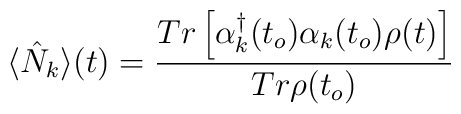
\langle \hat{N}_k \rangle (t) = \frac{Tr\left[\alpha^{\dagger}_k(t_o)\alpha_k(t_o) \rho(t)\right]}{Tr \rho(t_o)}